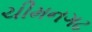
ચીમનગઢ